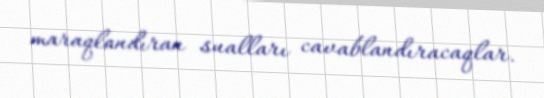
maraqlandıran sualları cavablandıracaqlar.